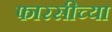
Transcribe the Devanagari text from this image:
फारसीच्या